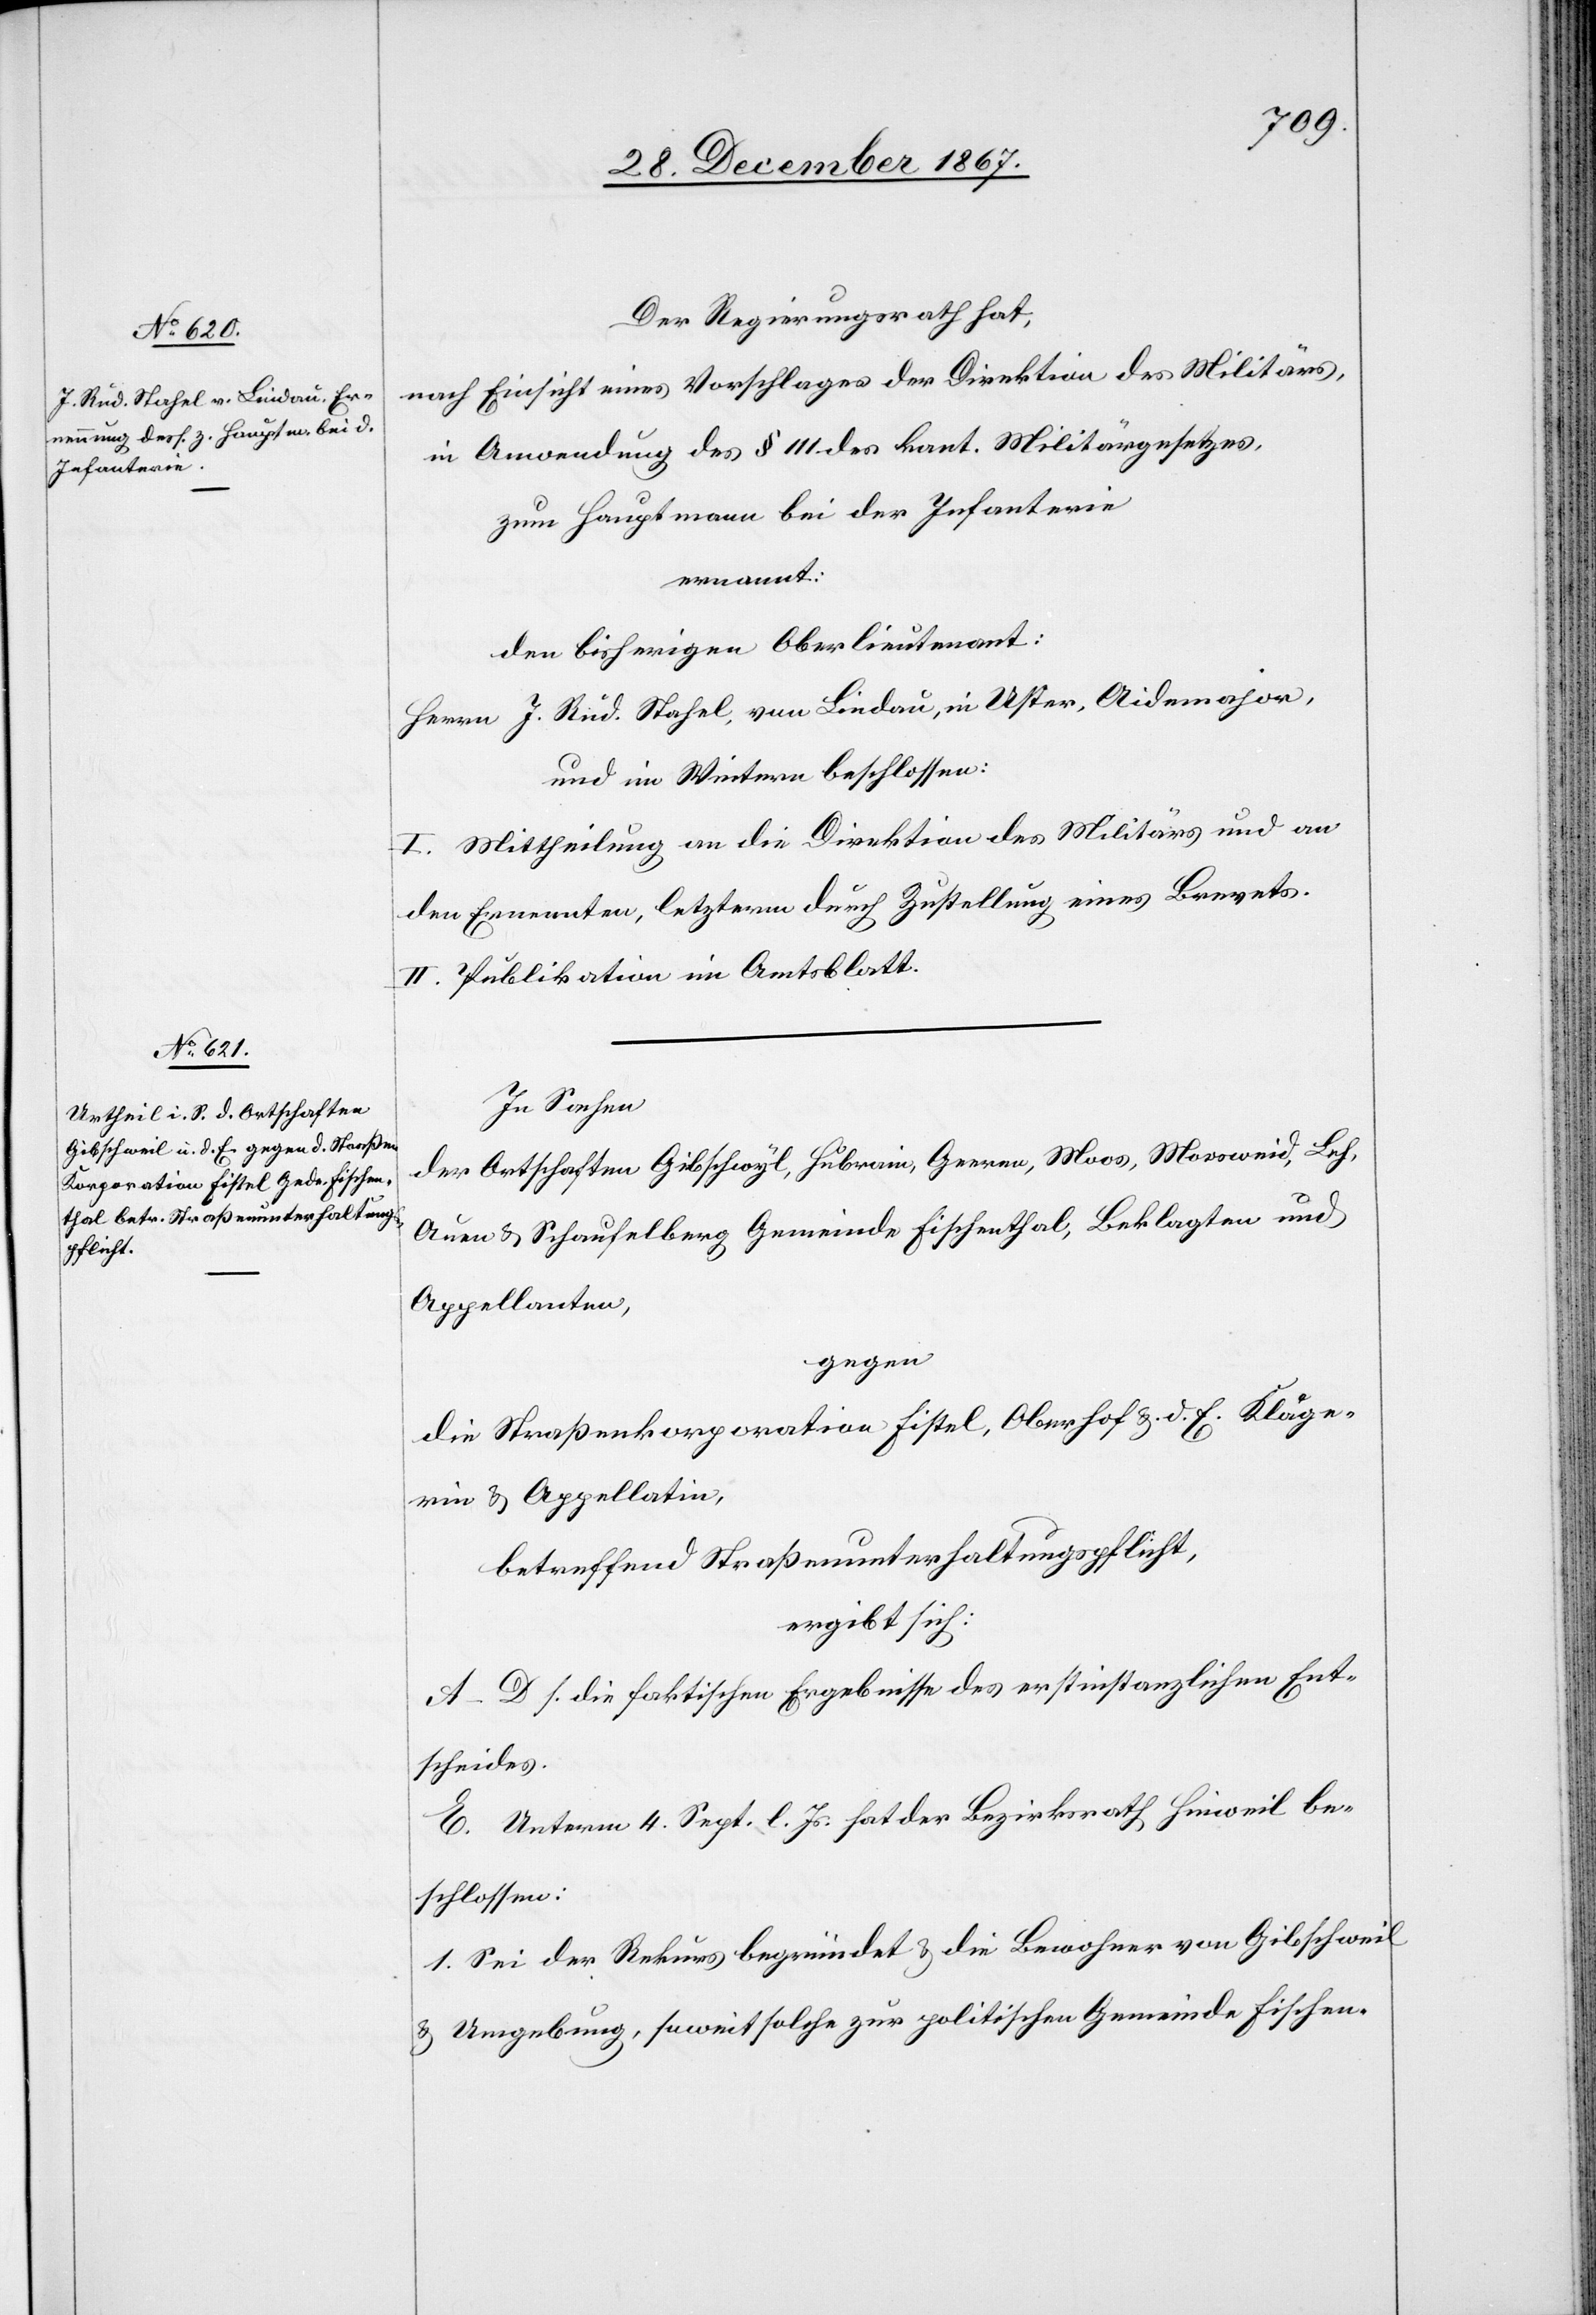
Der Regierungsrath hat,
nach Einsicht eines Antrages der Direktion des Militärs,
in Anwendung des § 111 des kant. Militärgesetzes,
zum Hauptmann bei der Infanterie,
ernannt:
den bisherigen Oberlieutenant:
Herrn J. Rud. Stahel, von Lindau, in Uster, Aidmajor,
und im Weitern beschlossen:
I. Mittheilung an die Direktion des Militärs und an
den Ernannten, letzterm durch Zustellung eines Brevets.
II. Publikation im Amtsblatt.
In Sachen
der Ortschaften Gibschwyl, Hubrain, Gerren, Moos, Moosweid, Leh,
Auen u. Schaufelberg Gemeinde Fischenthal, Beklagten und
Appellanten,
gegen
die Straßenkorporation Fistel, Oberhof u. d. E. Kläge¬
rin u. Appellatin,
betreffend Straßenunterhaltungspflicht,
ergibt sich:
A–D s. die faktischen Ergebnisse des erstinstanzlichen Ent¬
scheides.
E. Unterm 4. Sept l. Js. hat der Bezirksrath Hinweil be¬
schlossen:
1. Sei der Rekurs begründet u. die Bewohner von Gibschweil
u. Umgebung, soweit solche zur politischen Gemeinde Fischen-